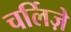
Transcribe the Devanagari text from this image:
चर्लिज़े